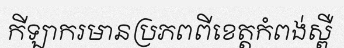
កីឡាករមានប្រភពពីខេត្តកំពង់ស្ពឺ